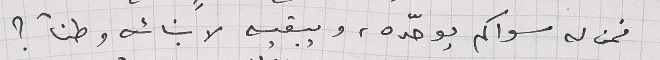
فمن له سواكم يوحدّه، ويبقيه لابنائه وطناً ؟